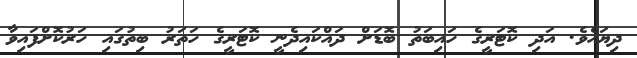
ދިޔައެވެ. އަދި ކޮޓަރީގެ ހައިބަތު ބޮޑަށް ދައްކައިދެނީ ކޮޓަރީގެ ހަތަރު ބިތުގައި ހަރުކޮށްފައިވާ